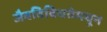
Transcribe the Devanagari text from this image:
जैवविविधतेमधून